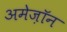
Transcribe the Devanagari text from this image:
अमेज़ॉन